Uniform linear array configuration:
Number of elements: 64
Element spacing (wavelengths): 0.25
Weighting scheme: uniform
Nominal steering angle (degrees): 60
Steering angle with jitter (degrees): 59.037
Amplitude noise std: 0.05
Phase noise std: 0.05

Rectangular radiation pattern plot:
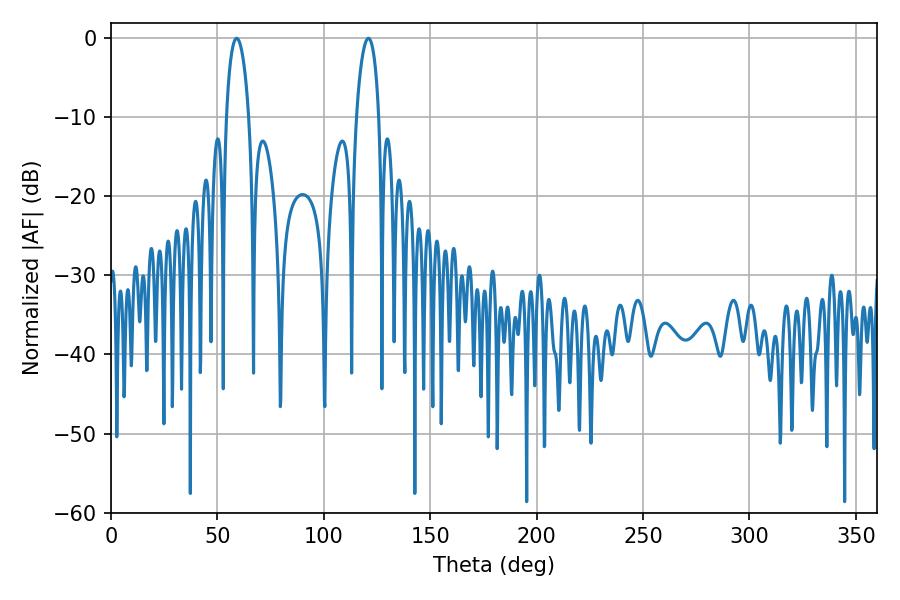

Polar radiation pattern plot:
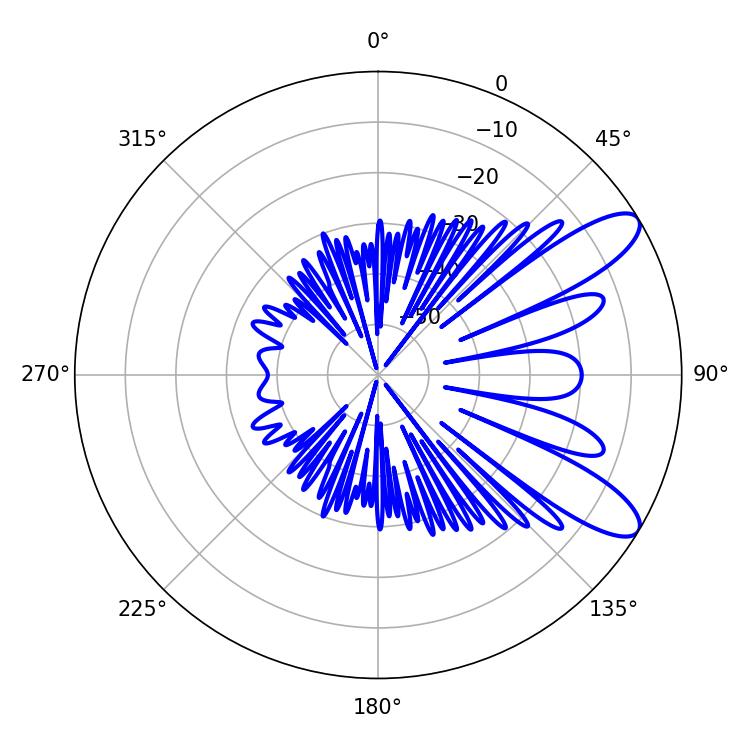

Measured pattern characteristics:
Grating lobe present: FALSE
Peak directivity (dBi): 9.841
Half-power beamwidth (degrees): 6.12
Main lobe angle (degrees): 59.04